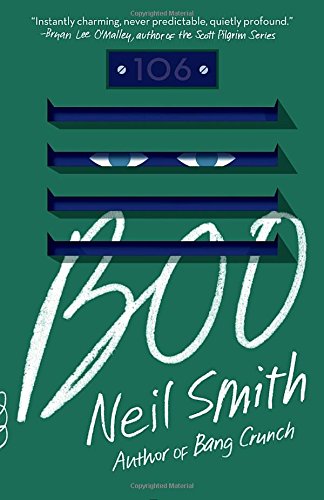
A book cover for Boo (Vintage Contemporaries); Neil Smith; Literature & Fiction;